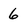
Character: 6